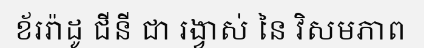
ខ័ររ៉ាដូ ជីនី ជា រង្វាស់ នៃ វិសមភាព